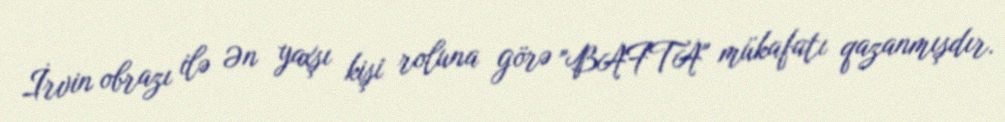
İrvin obrazı ilə Ən yaxşı kişi roluna görə "BAFTA" mükafatı qazanmışdır.